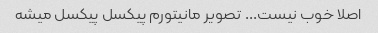
اصلا خوب نیست... تصویر مانیتورم پیکسل پیکسل میشه